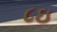
૮ઇ